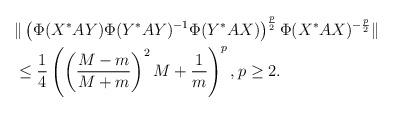
LaTeX: \begin{align*}&\|\left(\Phi(X^*AY)\Phi(Y^*AY)^{-1}\Phi(Y^*AX)\right)^{\frac{p}{2}}\Phi(X^*AX)^{-\frac{p}{2}}\|\\&\le \frac{1}{4}\left(\left(\frac{M-m}{M+m}\right)^2M+\frac{1}{m} \right)^p, p\ge 2.\end{align*}